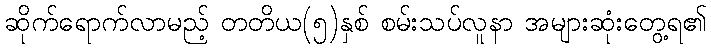
ဆိုက်ရောက်လာမည့် တတိယ(၅)နှစ် စမ်းသပ်လူနာ အများဆုံးတွေ့ရ၏